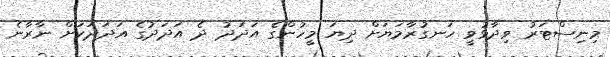
މިނިސްޓަރު ވިދާޅުވީ ހަނގުރާމަޔަށް ދިޔަ މީހުންގެ އަދަދު ދެ އަދަދުގެ އަދަދަކަށް ނާރާނެ